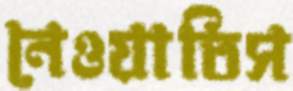
নেওয়াতিস